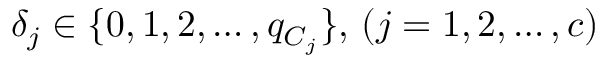
\delta _ { j } \in \{ 0 , 1 , 2 , \dots , q _ { C _ { j } } \} , \, ( j = 1 , 2 , \dots , c )